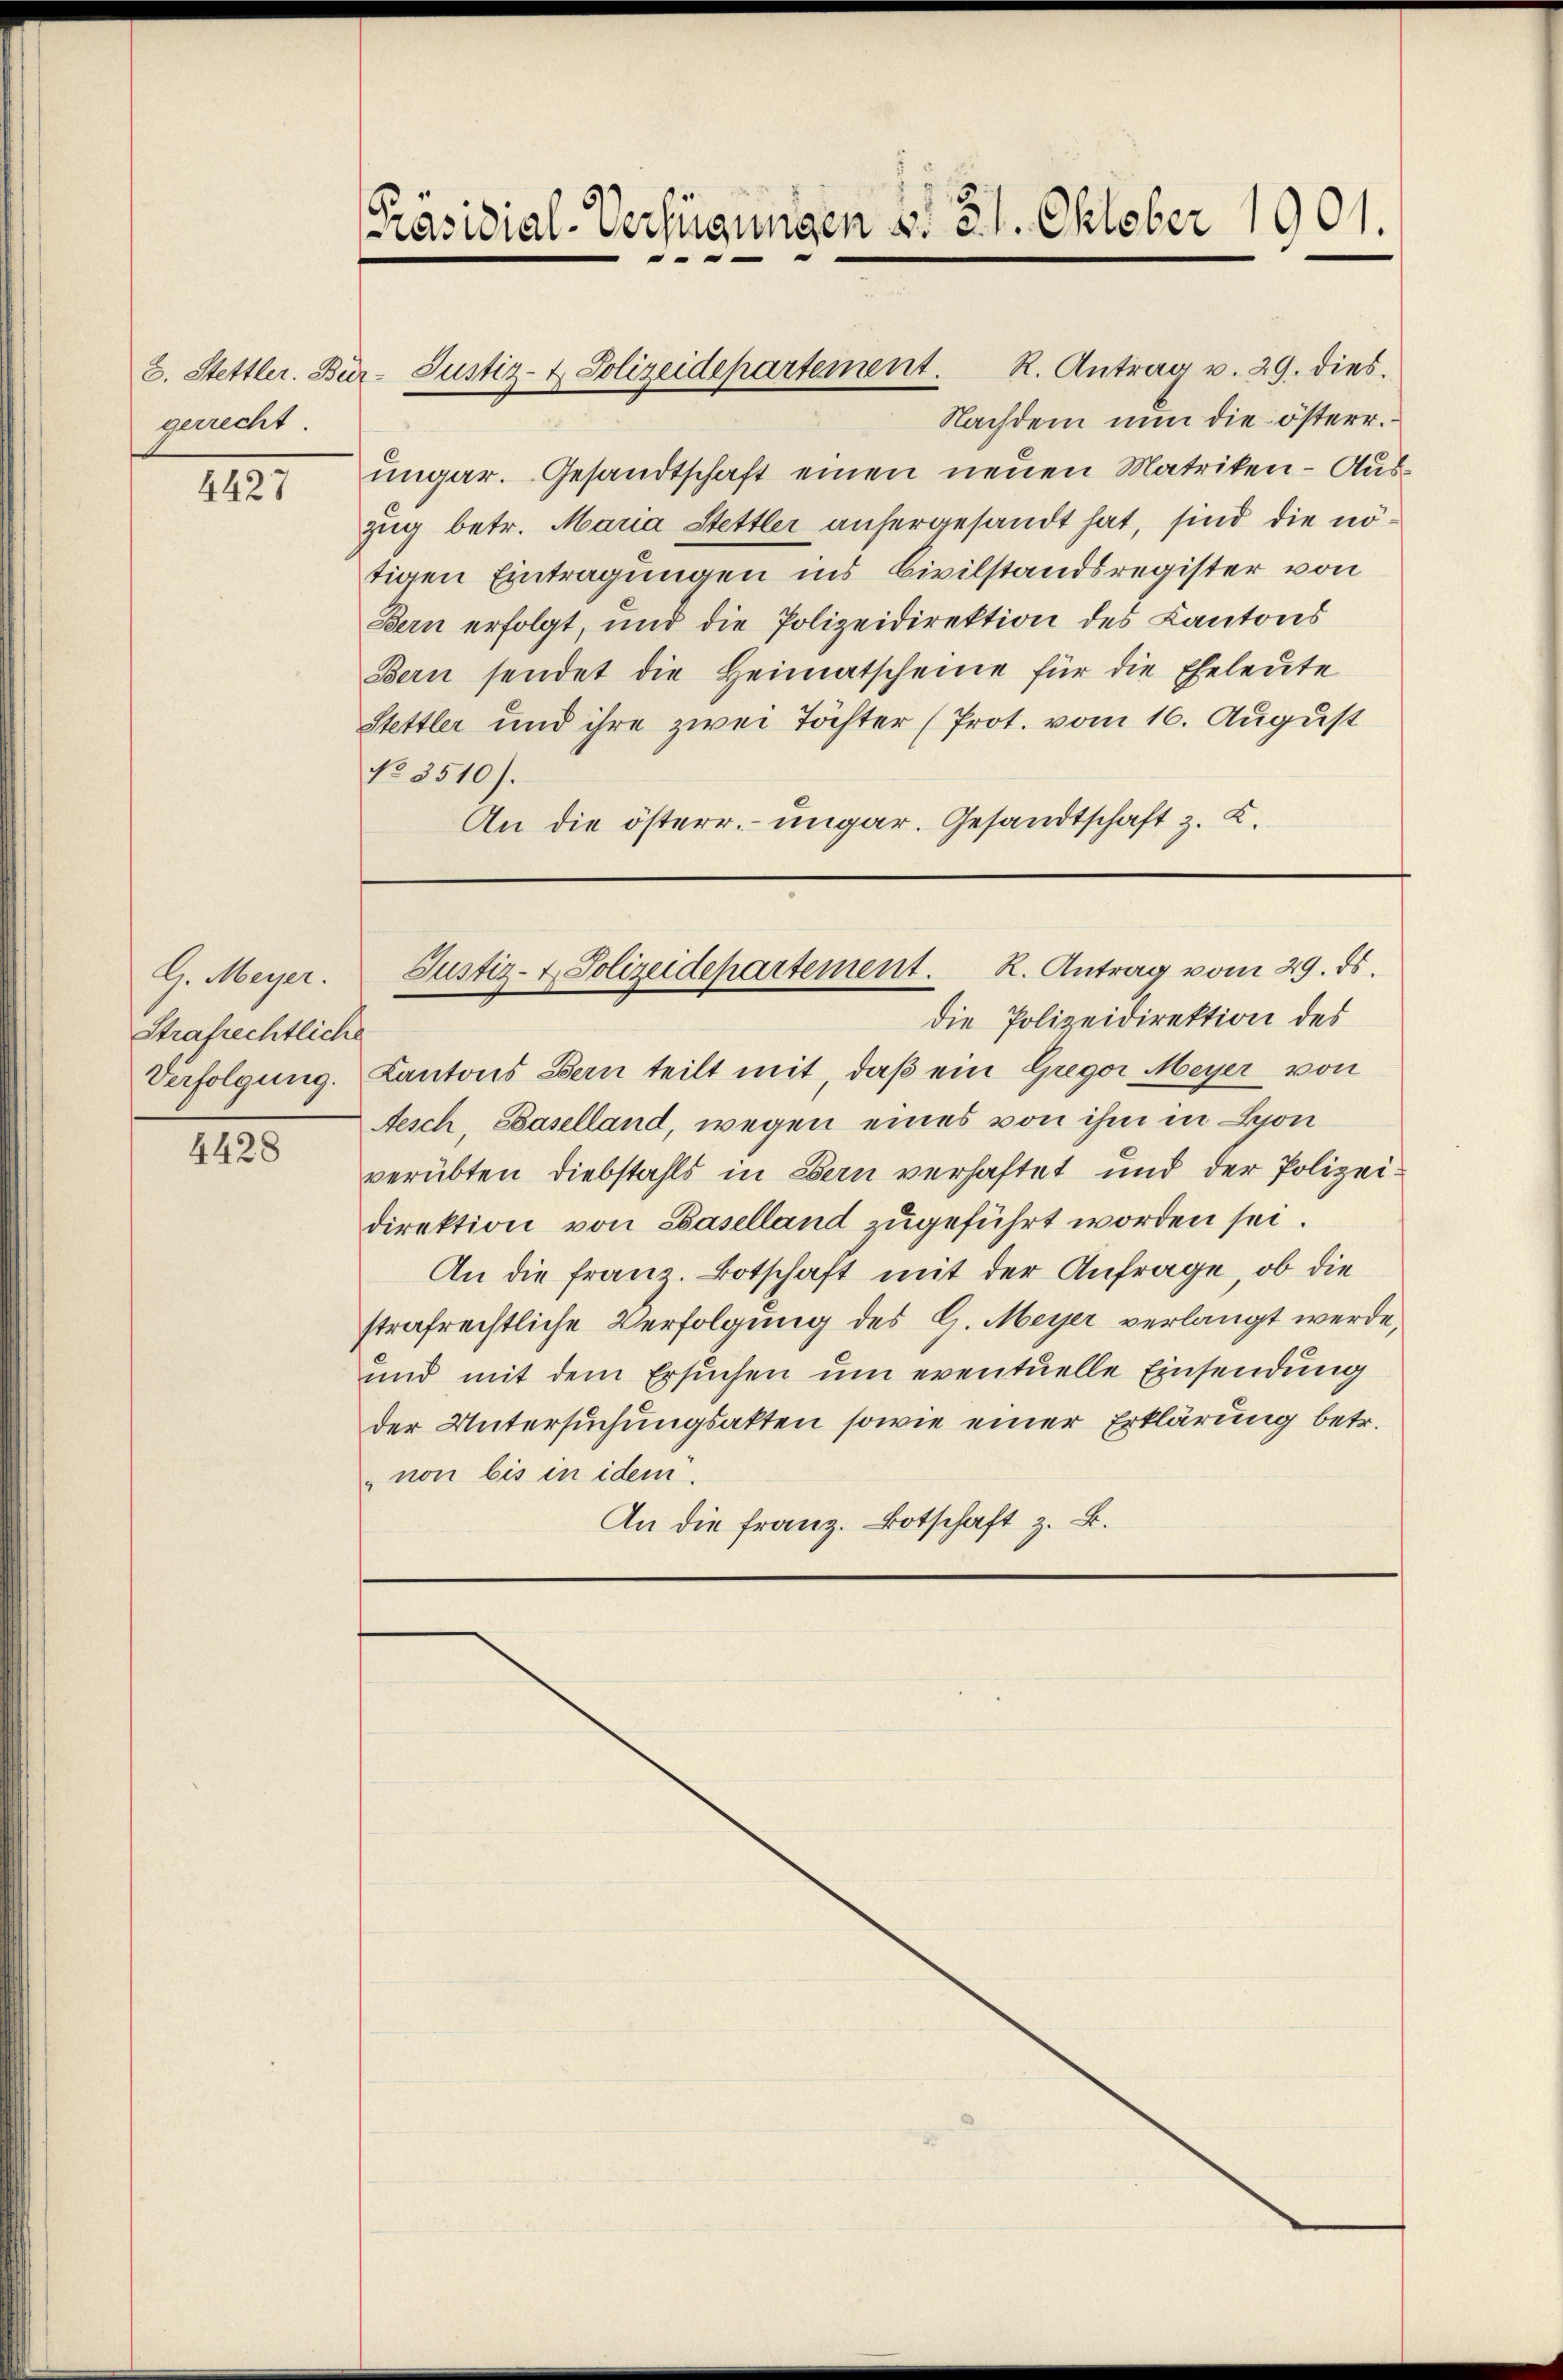
gerrecht.

4427

E. Meyer.
Strafrechtliche
Verfolgung.

4428

[Präsidial-Verfügungen d. 21. Oktober 1901.
...

Nachdem nun die österr.
ungar. Gesandtschaft einen neuen Matriken-Auszug betr. Maria Stettler anhergesandt hat, sind die nötigen Eintragungen ins Civilstandsregister von
Bern erfolgt, und die Polizeidirektion des Kantons
Bern sendet die Heimatscheine für die Eheleute
Stettler und ihre zwei Töchter (Prot. vom 16. August
No 3510).
An die österr. ungar. Gesandtschaft z. K.

die Polizeidirektion des
Kantons Bern teilt mit, daß ein Gregor Meyer von
Aesch, Baselland, wegen eines von ihm in Hon
verübten Diebstahls in Bern verhaftet und der Polizei.
direktion von Baselland zugeführt worden sei.
An die franz. Botschaft mit der Anfrage, ob die
strafrechtliche Verfolgung des G. Meyer verlangt werde,
und mit dem Ersuchen um eventuelle Einsendung
der Untersuchungsakten sowie einer Erklärung betr.
non bis in idem.
An die Franz. Botschaft z. B.

8. Stettler. Bür- Justiz- & Polizeidepartement. R. Antrag v. 29. dies

Justiz- & Polizeidepartement. K. Antrag vom 29. ds.